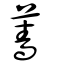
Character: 薔